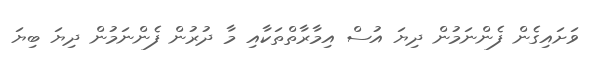
ވަށައިގެން ފެންނަމުން ދިޔަ އުސް އިމާރާތްތަކާއި މާ ދުރުން ފެންނަމުން ދިޔަ ބިޔަ